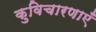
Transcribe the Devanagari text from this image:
कुविचारणाएँ